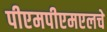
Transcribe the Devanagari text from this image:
पीएमपीएमएलचे